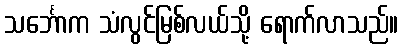
သင်္ဘောက သံလွင်မြစ်လယ်သို့ ရောက်လာသည်။